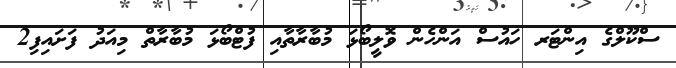
ސްކޫލްގެ އިންޓަރ ހައުސް އަންހެން ވޮލީބޯޅަ މުބާރާތާއި ފުޓްބޯޅަ މުބާރާތް މިއަދު ފަށައިފި2